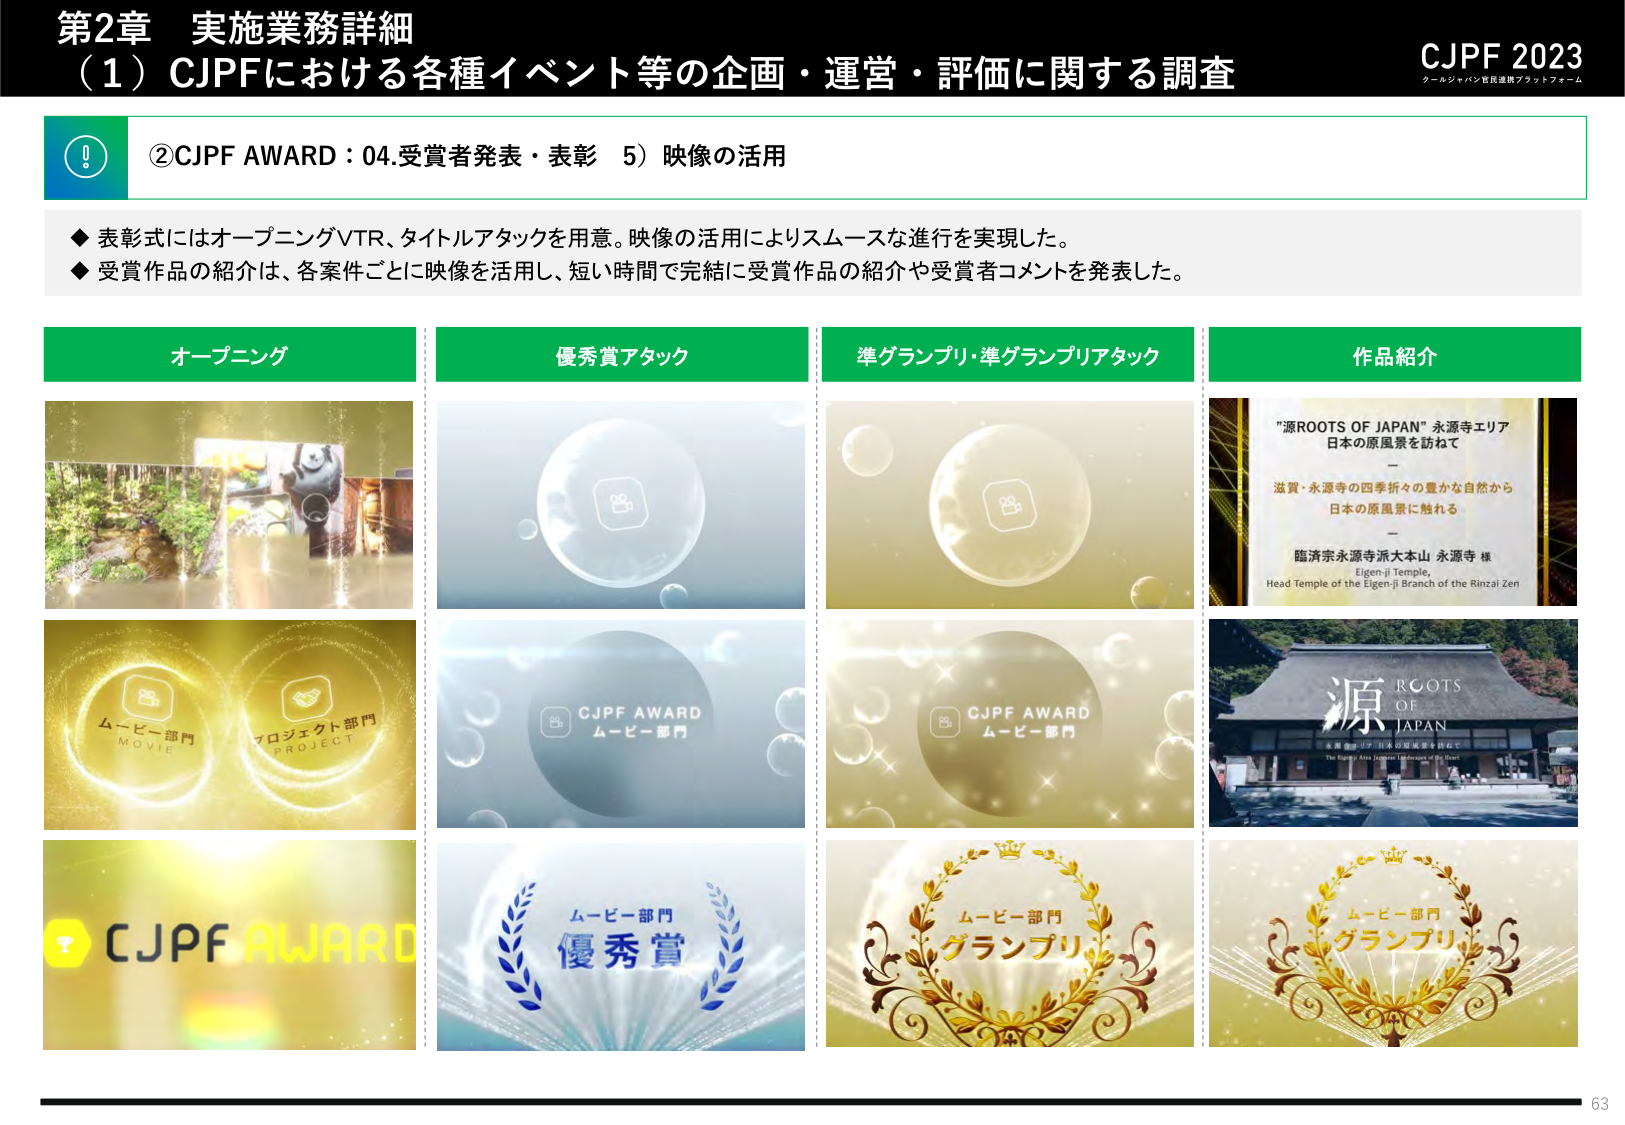
第2章 実施業務詳細
（1）CJPFにおける各種イベント等の企画・運営・評価に関する調査
CJPF 2023
クールジャパン官民連携プラットフォーム

②CJPF AWARD：04.受賞者発表・表彰 5）映像の活用

◆ 表彰式にはオープニングVTR、タイトルアタックを用意。映像の活用によりスムーズな進行を実現した。
◆ 受賞作品の紹介は、各案件ごとに映像を活用し、短い時間で完結に受賞作品の紹介や受賞者コメントを発表した。

オープニング
優秀賞アタック
準グランプリ・準グランプリアタック
作品紹介

"源ROOTS OF JAPAN" 永源寺エリア
日本の原風景を訪ねて
—
滋賀・永源寺の四季折々の豊かな自然から
日本の原風景に触れる
—
臨済宗永源寺派大本山 永源寺 様
Eigen-ji Temple,
Head Temple of the Eigen-ji Branch of the Rinzai Zen

ムービー部門
PROJECT
ムービー部門
MOVIE
CJPF AWARD
ムービー部門
CJPF AWARD
ムービー部門
CJPF AWARD
ムービー部門
優秀賞
ムービー部門
グランプリ
ムービー部門
グランプリ
源
ROOTS
OF
JAPAN
永源寺エリア 日本の原風景を訪ねて
The Eugenji Area Japanese Landscapes of the Heart

63